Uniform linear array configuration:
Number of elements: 24
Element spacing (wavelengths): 0.5
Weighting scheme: blackman
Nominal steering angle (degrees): -30
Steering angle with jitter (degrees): -30.176
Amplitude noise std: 0.05
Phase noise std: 0.05

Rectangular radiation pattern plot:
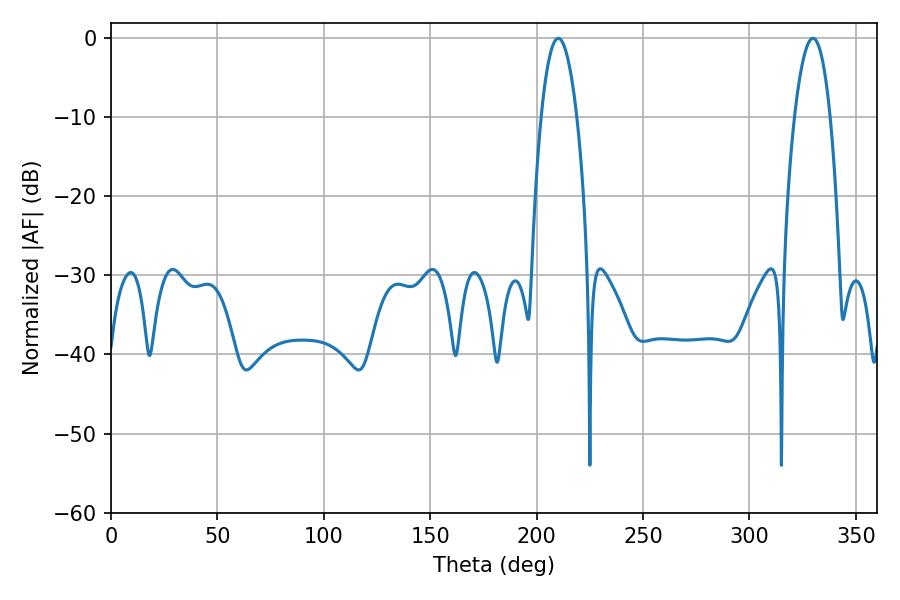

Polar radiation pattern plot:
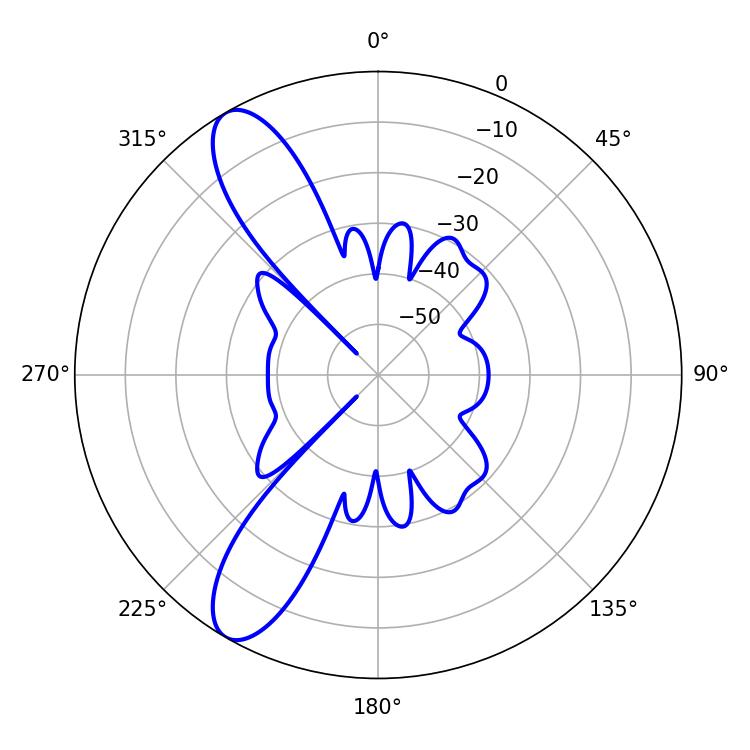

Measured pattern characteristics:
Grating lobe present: FALSE
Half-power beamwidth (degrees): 9.36
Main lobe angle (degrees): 210.24